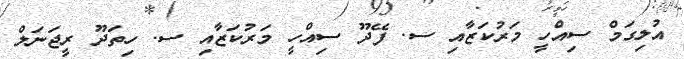
އުލިގަމް ސިއްހީ މަރުކަޒާއި ސ. ފޭދޫ ސިއްހީ މަރުކަޒާއި ސ. ހިތަދޫ ރީޖަނަލް